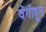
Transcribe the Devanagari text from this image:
वेंगीहून